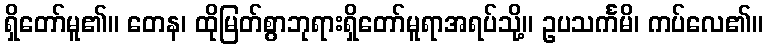
ရှိတော်မူ၏။ တေန၊ ထိုမြတ်စွာဘုရားရှိတော်မူရာအရပ်သို့။ ဥပသင်္ကမိ၊ ကပ်လေ၏။